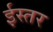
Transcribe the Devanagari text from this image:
ईस्तर